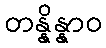
တန္နိန္နာဝ